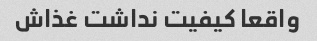
واقعا‌ کیفیت نداشت غذاش